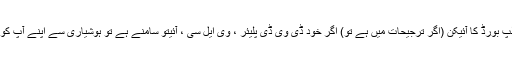
- فلوٹنگ کلپ بورڈ کا آئیکن (اگر ترجیحات میں ہے تو) اگر خود ڈی وی ڈی پلیئر ، وی ایل سی ، آئیتو سامنے ہے تو ہوشیاری سے اپنے آپ کو چھپاتا ہے۔